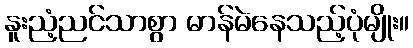
နူးညံ့ညင်သာစွာ မာန်မဲနေသည့်ပုံမျိုး။